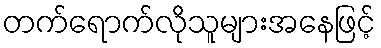
တက်ရောက်လိုသူများအနေဖြင့်